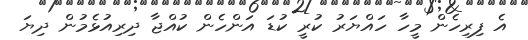
އެ ފިރިހެން މީހާ ހައްޔަރު ކުރީ ކުޑަ އަންހެން ކުއްޖާ ދިރިއުޅެމުން ދިޔަ